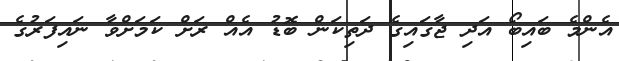
އެންމެ ބައިބޯ އަދި ޖާގައިގެ ދަތިކަން ބޮޑު އެއް ރަށް ކަމަށްވާ ނައިފަރުގެ